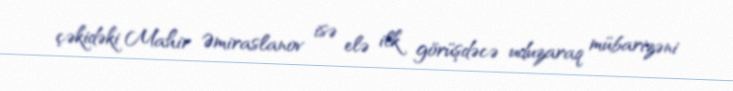
çəkidəki Mahir Əmiraslanov isə elə ilk görüşdəcə uduzaraq mübarizəni